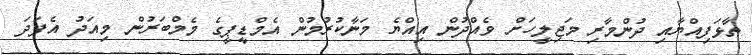
ތާޅަފިއްޔާއި ދުންމާރި މަޖިލީހަށް ވެއްދުން އިއްޔެ މަނާކުރުމުން އެމްޑީޕީގެ މެމްބަރުން މިއަދު އެފަދަ